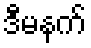
ဒီမနက်